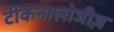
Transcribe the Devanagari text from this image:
टीकनालोजीज़